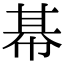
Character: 𢃛